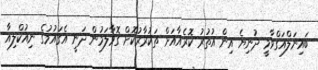
ބައިނަލްއަގްވާމީ ދުނިޔެ އިން އުތުރު ކޮރެއާއަށް ތަކުރާރުކޮށް ގޮވާލަމުން ދަނީ އެގައުމުގެ ނިއުކްލިއާ